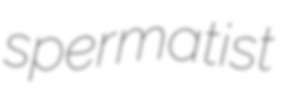
spermatist